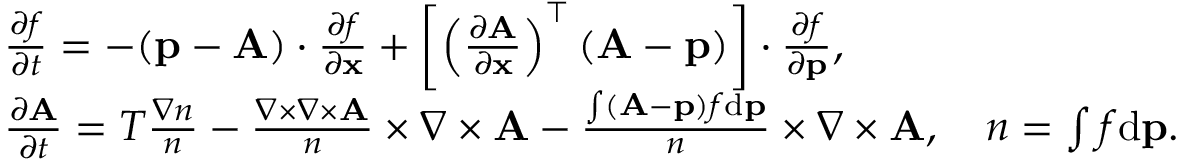
\begin{array} { r l } & { \frac { \partial f } { \partial t } = - ( { \mathbf p } - { \mathbf A } ) \cdot \frac { \partial f } { \partial { \mathbf x } } + \left[ \left( \frac { \partial { \mathbf A } } { \partial \mathbf x } \right) ^ { \top } ( { \mathbf A } - { \mathbf p } ) \right] \cdot \frac { \partial f } { \partial { \mathbf p } } , } \\ & { \frac { \partial { \mathbf A } } { \partial t } = T \frac { \nabla n } { n } - \frac { \nabla \times \nabla \times { \mathbf A } } { n } \times { \nabla \times { \mathbf A } } - \frac { \int ( { \mathbf A } - { \mathbf p } ) f \mathrm { d } { \mathbf p } } { n } \times { \nabla \times { \mathbf A } } , \quad n = \int f \mathrm { d } { \mathbf p } . } \end{array}